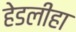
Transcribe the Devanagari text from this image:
हेडलीहा